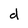
Character: d